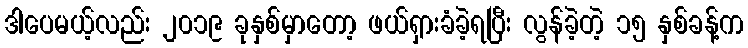
ဒါပေမယ့်လည်း ၂၀၁၉ ခုနှစ်မှာတော့ ဖယ်ရှားခံခဲ့ရပြီး လွန်ခဲ့တဲ့ ၁၅ နှစ်ခန့်က